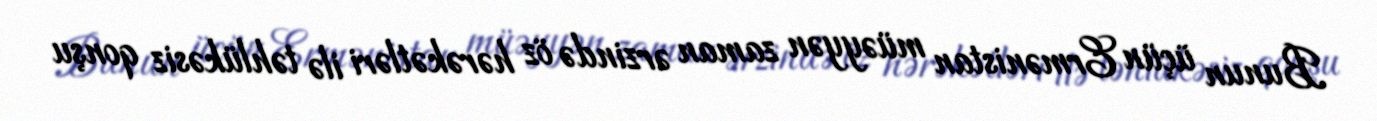
Bunun üçün Ermənistan müəyyən zaman ərzində öz hərəkətləri ilə təhlükəsiz qonşu